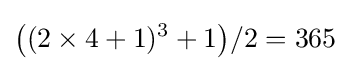
{\big (}(2\times 4+1)^{3}+1{\big )}/2=365